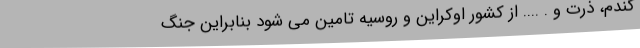
گندم، ذرت و . .... از کشور اوکراین و روسیه تامین می شود بنابراین جنگ